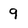
Character: 9